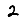
Digit: 2